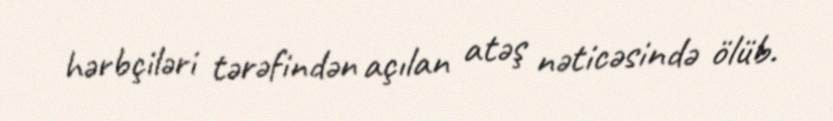
hərbçiləri tərəfindən açılan atəş nəticəsində ölüb.